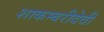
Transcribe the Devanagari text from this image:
शाकम्बरीदेवी